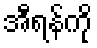
အီရန်ကို